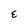
Character: E